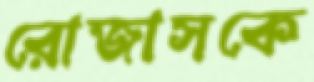
রোজাসকে